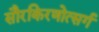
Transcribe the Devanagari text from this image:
सौरकिरणोत्सर्ग